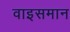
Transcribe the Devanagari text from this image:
वाइसमान